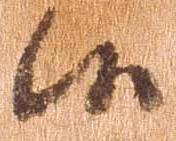
候